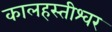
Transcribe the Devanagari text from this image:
कालहस्तीश्वर